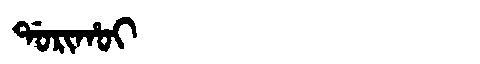
Manchu: ᡩᠣᡵᡳᡥᠣᡳ
Romanization: DORIHOI